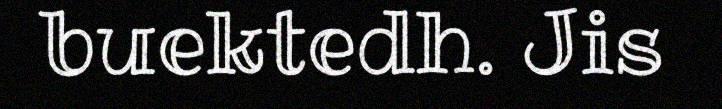
buektedh. Jis